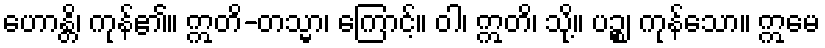
ဟောန္တိ၊ ကုန်၏။ ဣတိ-တသ္မာ၊ ကြောင့်။ ဝါ၊ ဣတိ၊ သို့။ ပဉ္စ၊ ကုန်သော။ ဣမေ